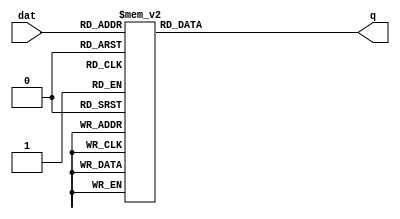
module HexSegDec(dat,q);
	input [3:0] dat;
	output [7:0] q;
	
	function [7:0] LedDec;
		input [3:0] num;
		begin
			case (num)
				4'h0:		LedDec = 8'b11000000;
				4'h1:		LedDec = 8'b11111001;
				4'h2:		LedDec = 8'b10100100;
				4'h3:		LedDec = 8'b10110000;
				4'h4:		LedDec = 8'b10011001;
				4'h5:		LedDec = 8'b10010010;
				4'h6:		LedDec = 8'b10000010;
				4'h7:		LedDec = 8'b11111000;
				4'h8:		LedDec = 8'b10000000;
				4'h9:		LedDec = 8'b10011000;
				4'ha:		LedDec = 8'b10001000;
				4'hb:		LedDec = 8'b10000011;
				4'hc:		LedDec = 8'b10100111;
				4'hd:		LedDec = 8'b10100001;
				4'he:		LedDec = 8'b10000110;
				4'hf:		LedDec = 8'b10001110;
				default:	LedDec = 8'b11111111;
			endcase
		end
	endfunction
	
	assign q= LedDec(dat);
endmodule